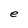
Character: e